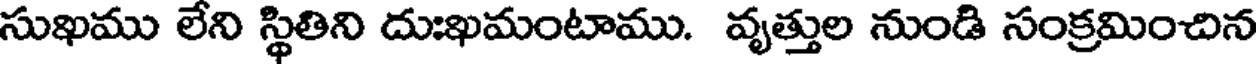
సుఖము లేని స్థితిని దుఃఖమంటాము. వృత్తుల నుండి సంక్రమించిన